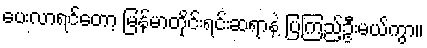
ပေးလာရင်တော့ မြန်မာတိုင်းရင်းဆရာနဲ့ ပြကြည့်ဦးမယ်ကွာ။